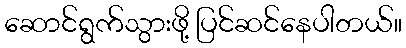
ဆောင်ရွက်သွားဖို့ ပြင်ဆင်နေပါတယ်။